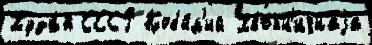
Худа́я СССР Кобы́л'ий Хвойн'ичнаjа